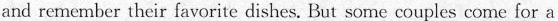
and remember their favorite dishes,.But some couples come for a